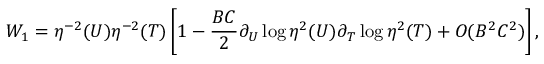
W _ { 1 } = \eta ^ { - 2 } ( U ) \eta ^ { - 2 } ( T ) \left[ 1 - \frac { B C } { 2 } \partial _ { U } \log \eta ^ { 2 } ( U ) \partial _ { T } \log \eta ^ { 2 } ( T ) + O ( B ^ { 2 } C ^ { 2 } ) \right] ,